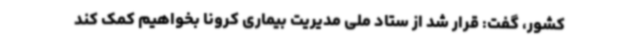
کشور، گفت: قرار شد از ستاد ملی مدیریت بیماری کرونا بخواهیم کمک کند